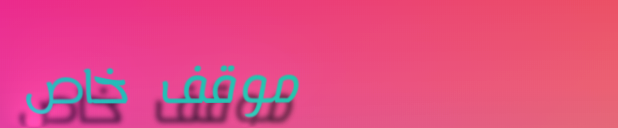
موقف خاص